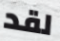
لقد